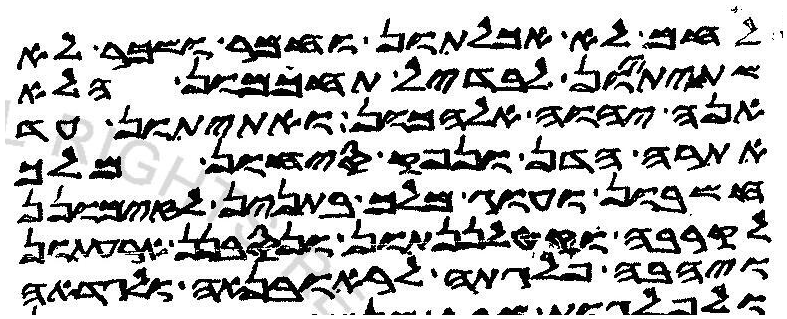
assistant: לחם לא אכלתון וחמר ושכר לא
שתיתיון לבדיל תחכמון הלא
אנה יהוה אלהכון ואתיתון עד
אתרה הדן ונפק סיחון מלך
חשבון ועוג מלך בתנין לזימונן
לקרבה וקטלננתון ונסבנן ארעתון
ויהבה פלגתה לראובנאה ולגדאה